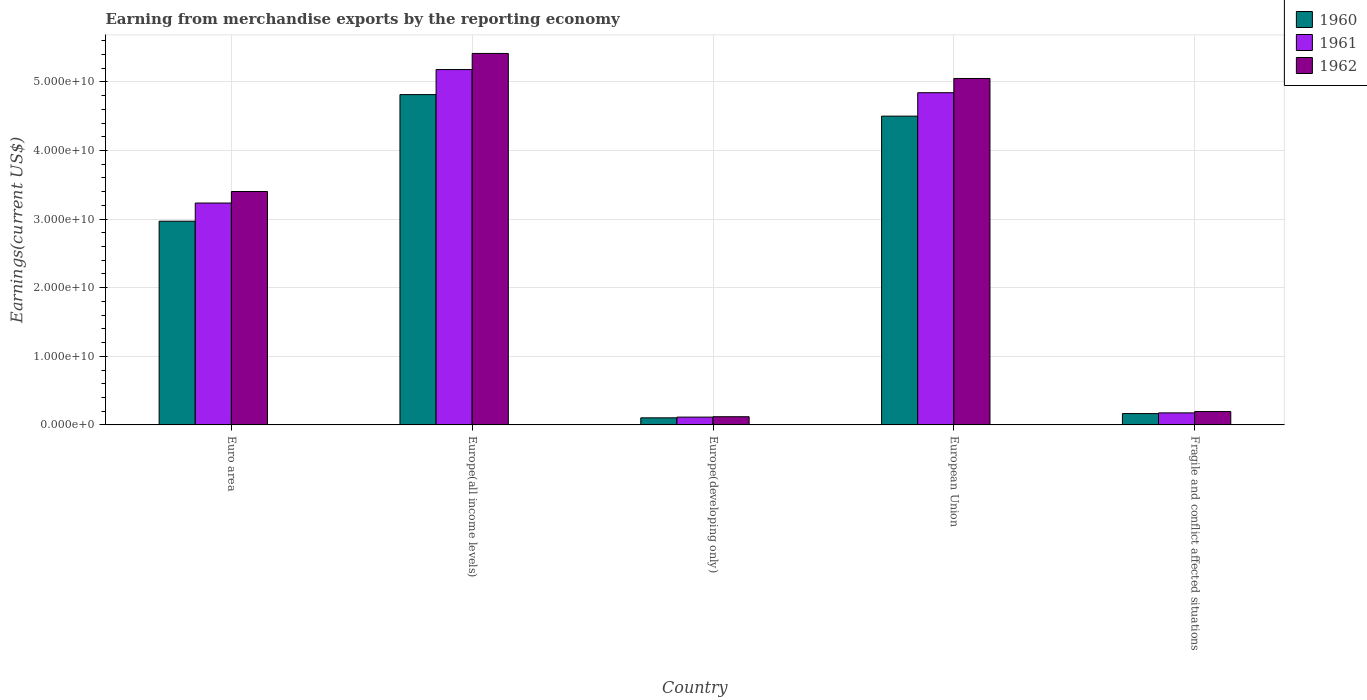
| Country | 1960 | 1961 | 1962 |
 | --- | --- | --- | --- |
 | Euro area | 2.97e+10 | 3.23e+10 | 3.4e+10 |
 | Europe(all income levels) | 4.82e+10 | 5.18e+10 | 5.42e+10 |
 | Europe(developing only) | 1.03e+09 | 1.14e+09 | 1.19e+09 |
 | European Union | 4.5e+10 | 4.84e+10 | 5.05e+10 |
 | Fragile and conflict affected situations | 1.65e+09 | 1.75e+09 | 1.95e+09 |